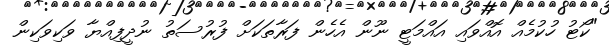
"ކޯޓު ހުކުމެއް އޮއްވައި އައްމަޓީ ނޫން އެހެން ފަރާތަކަށް ފުރުސަތު ނުދީފިއްޔާ ވަކިވަކިން